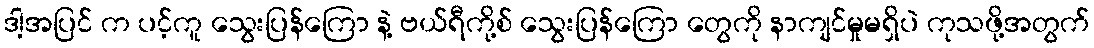
ဒါ့အပြင် က ပင့်ကူ သွေးပြန်ကြော နဲ့ ဗယ်ရီကို့စ် သွေးပြန်ကြော တွေကို နာကျင်မှုမရှိပဲ ကုသဖို့အတွက်